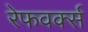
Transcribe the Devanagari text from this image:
रेफवर्क्स